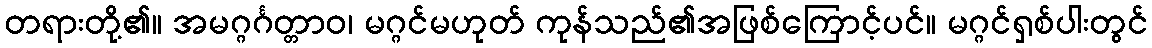
တရားတို့၏။ အမဂ္ဂင်္ဂတ္တာဝ၊ မဂ္ဂင်မဟုတ် ကုန်သည်၏အဖြစ်ကြောင့်ပင်။ မဂ္ဂင်ရှစ်ပါးတွင်